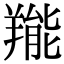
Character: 𦎵